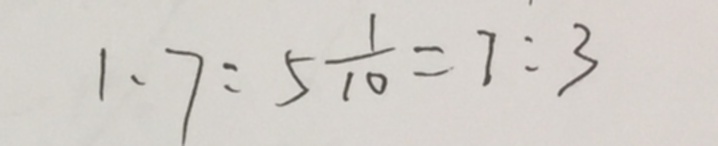
1 . 7 : 5 \frac { 1 } { 1 0 } = 7 : 3